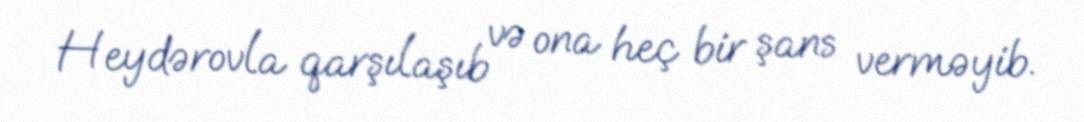
Heydərovla qarşılaşıb və ona heç bir şans verməyib.